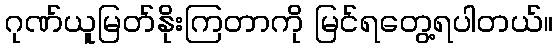
ဂုဏ်ယူမြတ်နိုးကြတာကို မြင်ရတွေ့ရပါတယ်။